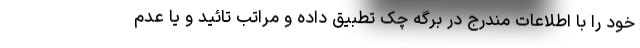
خود را با اطلاعات مندرج در برگه چک تطبیق داده و مراتب تائید و یا عدم